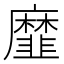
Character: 𢌁